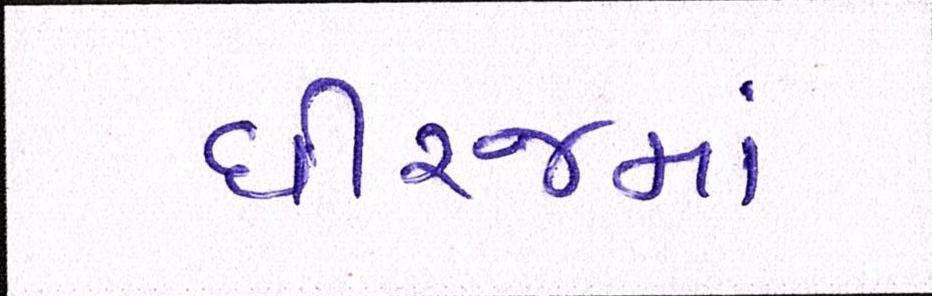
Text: ધીરજમાં